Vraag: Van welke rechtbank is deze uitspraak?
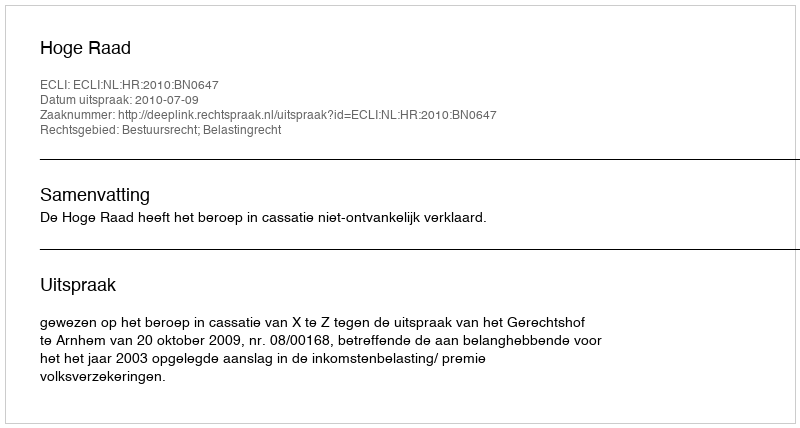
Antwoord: Hoge Raad